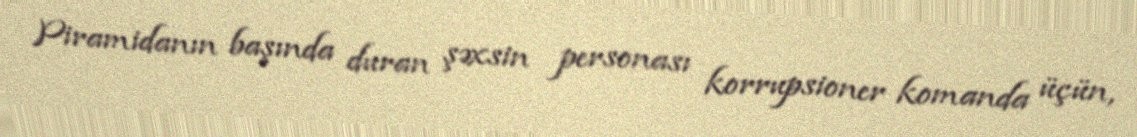
Piramidanın başında duran şəxsin personası korrupsioner komanda üçün,